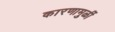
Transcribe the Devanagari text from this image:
कारणामुळीं